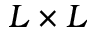
L \times L